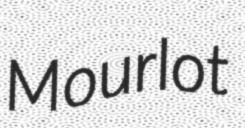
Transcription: Mourlot